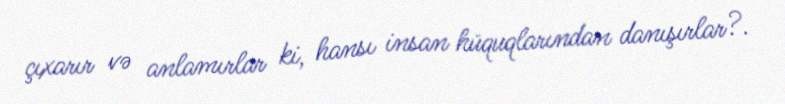
çıxarır və anlamırlar ki, hansı insan hüquqlarından danışırlar?.